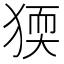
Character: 𤟦